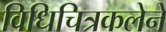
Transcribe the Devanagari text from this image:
विधिचित्रकलेने